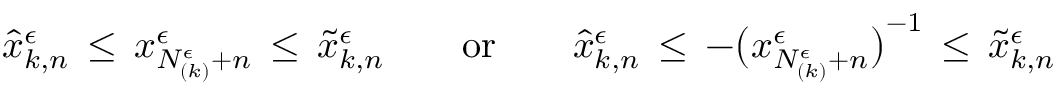
\widehat { x } _ { k , n } ^ { \epsilon } \, \leq \, x _ { N _ { ( k ) } ^ { \epsilon } + n } ^ { \epsilon } \, \leq \, \widetilde { x } _ { k , n } ^ { \epsilon } \qquad \mathrm { o r } \qquad \widehat { x } _ { k , n } ^ { \epsilon } \, \leq \, - \big ( x _ { N _ { ( k ) } ^ { \epsilon } + n } ^ { \epsilon } \big ) ^ { - 1 } \, \leq \, \widetilde { x } _ { k , n } ^ { \epsilon }